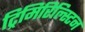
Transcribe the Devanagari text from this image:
ट्रिमिरिल्स्टिन